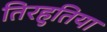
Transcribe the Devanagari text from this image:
तिरहुतिया